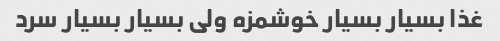
غذا بسیار بسیار خوشمزه ولی بسیار بسیار سرد